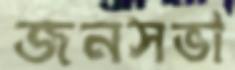
জনসভা